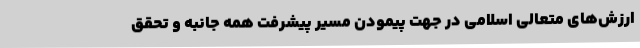
ارزش‌های متعالی اسلامی در جهت پیمودن مسیر پیشرفت همه جانبه و تحقق